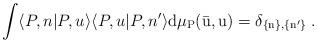
LaTeX: \begin{align*}\int\langle P,n|P,u\rangle\langle P,u|P,n'\rangle\rm d\mu_{P}(\bar{u},u)=\delta_{\{n\},\{n'\}}\;.\end{align*}